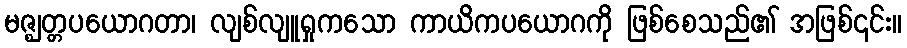
မဇ္ဈတ္တပယောဂတာ၊ လျစ်လျူရှုကသော ကာယိကပယောဂကို ဖြစ်စေသည်၏ အဖြစ်၎င်း။